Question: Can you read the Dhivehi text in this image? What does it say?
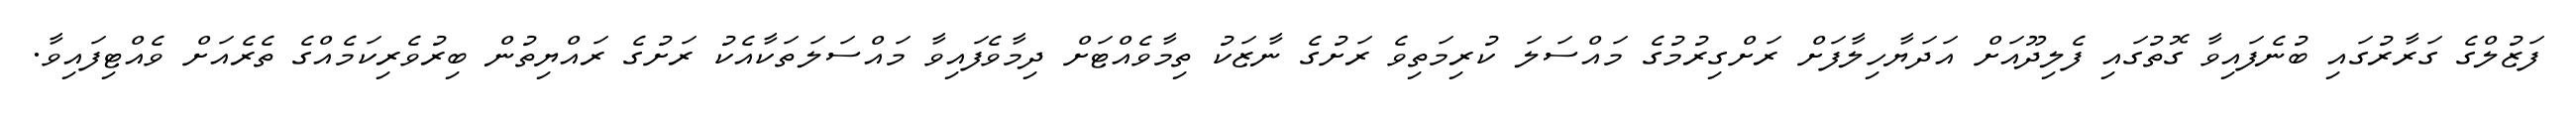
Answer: ފަޒުލްގެ ގަރާރުގައި ބުނެފައިވާ ގޮތުގައި ފެލިދޫއަށް އަދަޔާހިލާފަށް ރަށްގިރުމުގެ މައްސަލަ ކުރިމަތިވެ ރަށުގެ ނާޒަކު ތިމާވެއްޓަށް ދިމާވެފައިވާ މައްސަލަތަކާއެކު ރަށުގެ ރައްޔިތުން ބިރުވެރިކަމެއްގެ ތެރެއަށް ވެއްޓިފައިވާ.